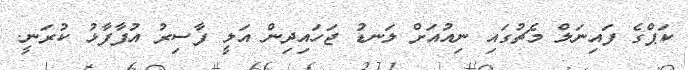
ކަޕްގެ ފައިނަލް މެޗުގައި ނިއުއަށް ލަނޑު ޖަހައިދިން އަލީ ފާސިރު އުފާފާޅު ކުރަނީ.